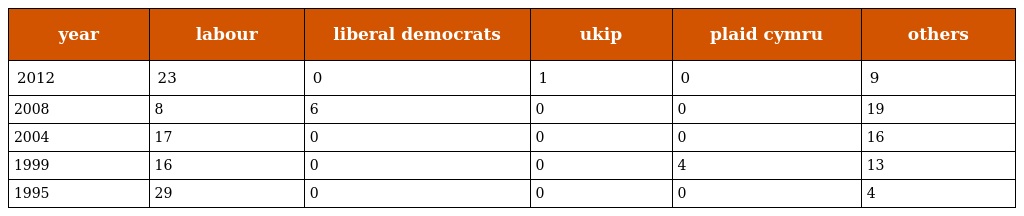
| year | labour | liberal democrats | ukip | plaid cymru | others |
 | --- | --- | --- | --- | --- | --- |
 | 2012 | 23 | 0 | 1 | 0 | 9 |
 | 2008 | 8 | 6 | 0 | 0 | 19 |
 | 2004 | 17 | 0 | 0 | 0 | 16 |
 | 1999 | 16 | 0 | 0 | 4 | 13 |
 | 1995 | 29 | 0 | 0 | 0 | 4 |